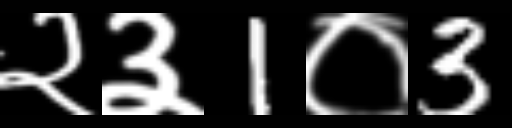
Text: २३1०3